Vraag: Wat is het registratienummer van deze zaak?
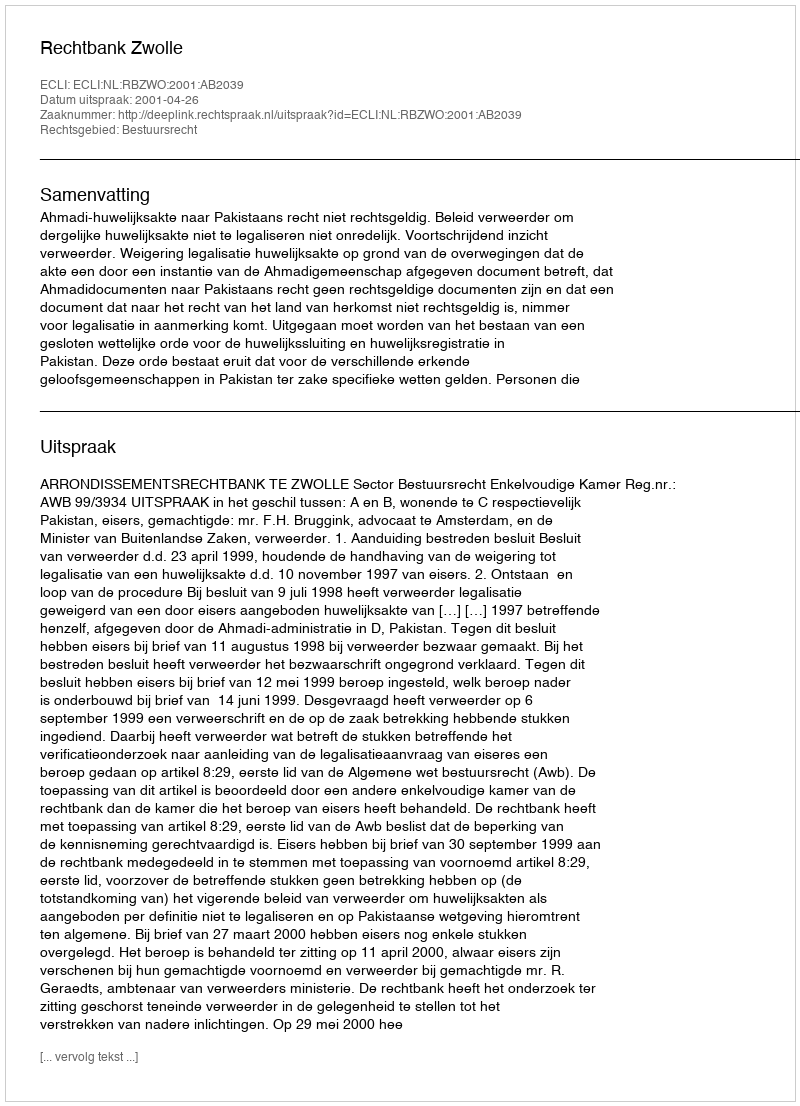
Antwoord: http://deeplink.rechtspraak.nl/uitspraak?id=ECLI:NL:RBZWO:2001:AB2039